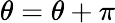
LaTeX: \theta=\theta+\pi